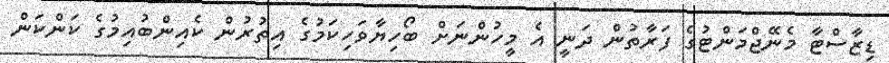
ޑިޒާސްޓާ މެނޭޖްމަންޓުގެ ފަރާތުން ދަނީ އެ މީހުންނަށް ބޯހިޔާވަހިކަމުގެ އިތުރުން ކެއިންބުއިމުގެ ކަންކަން